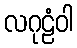
လဂုဠံဝါ